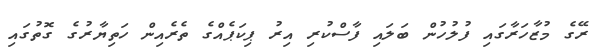
ރޭގެ މުޒާހަރާގައި ފުލުހުން ބަލައި ފާސްކުރި އިރު ޕިކަޕެއްގެ ތެރެއިން ހަތިޔާރުގެ ގޮތުގައި